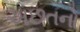
અછતનો